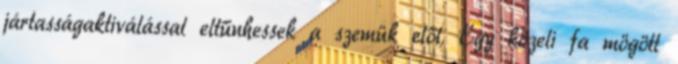
jártasságaktiválással eltűnhessek a szemük elől. Egy közeli fa mögött